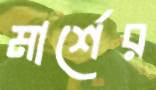
মার্শের